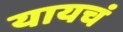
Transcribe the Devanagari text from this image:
यायचं